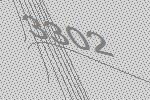
3302